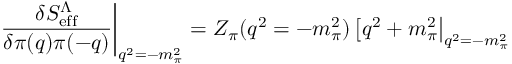
\left. { \frac { \delta S _ { \mathrm { e f f } } ^ { \Lambda } } { \delta \pi ( q ) \pi ( - q ) } } \right| _ { q ^ { 2 } = - m _ { \pi } ^ { 2 } } = Z _ { \pi } ( q ^ { 2 } = - m _ { \pi } ^ { 2 } ) \left[ q ^ { 2 } + m _ { \pi } ^ { 2 } \right| _ { q ^ { 2 } = - m _ { \pi } ^ { 2 } }